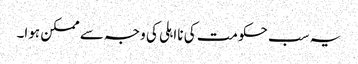
یہ سب حکومت کی نااہلی کی وجہ سے ممکن ہوا۔